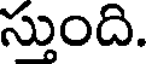
స్తుంది.